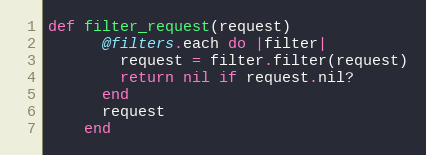
Language: Ruby
def filter_request(request)
      @filters.each do |filter|
        request = filter.filter(request)
        return nil if request.nil?
      end
      request
    end